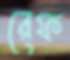
রেফ